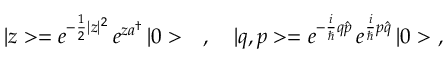
| z > = e ^ { - \frac { 1 } { 2 } | z | ^ { 2 } } \, e ^ { z a ^ { \dagger } } \, | 0 > \ \ \ , \ \ \ | q , p > = e ^ { - \frac { i } { \hbar } q \hat { p } } \, e ^ { \frac { i } { \hbar } p \hat { q } } \, | 0 > \ ,